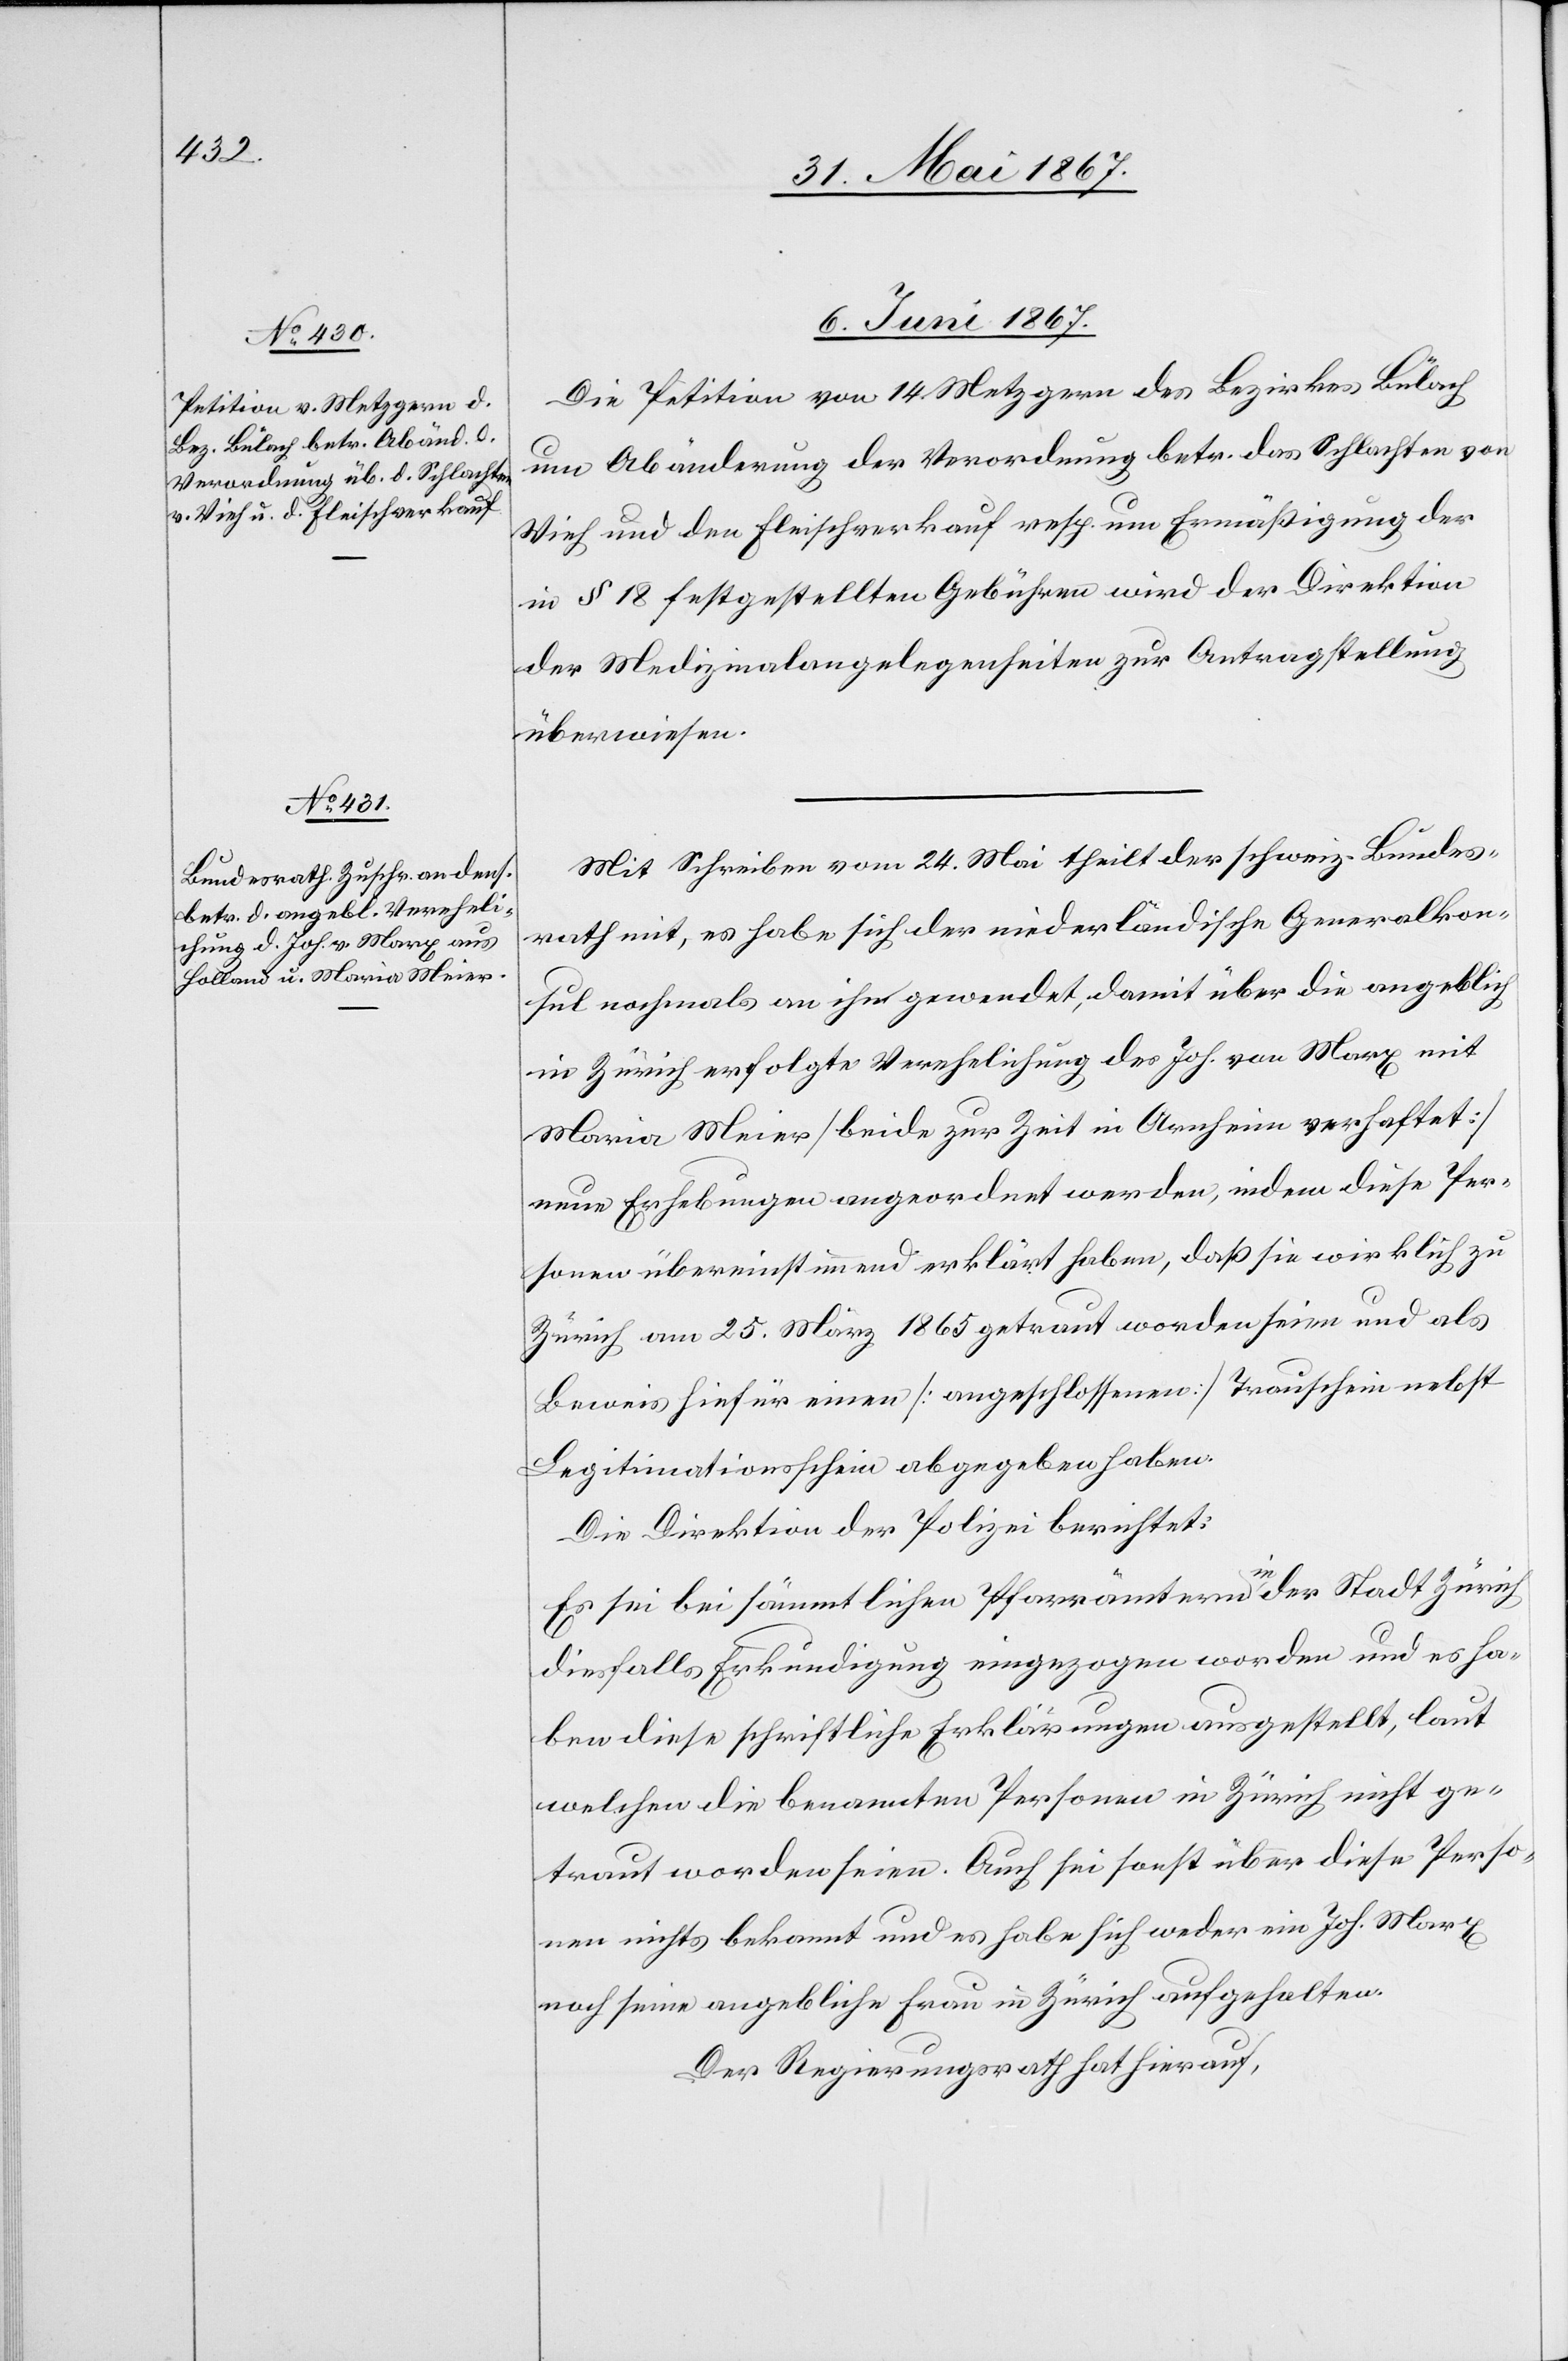
6. Juni 1867.]
Die Petition von 14 Metzgern des Bezirkes Bülach
um Abänderung der Verordnung betr. das Schlachten von
Vieh und den Fleischverkauf resp. um Ermäßigung der
in § 18 festgestellten Gebühren wird der Direktion
der Medizinalangelegenheiten zur Antragstellung
überwiesen.
Mit Schreiben vom 24. Mai theilt der schweiz. Bundes¬
rath mit, es habe sich der niederländische Generalkon¬
sul nochmals an ihn gewendet, damit über die angeblich
in Zürich erfolgte Verehlichung des Joh. von Marx mit
Maria Meier [beide zur Zeit in Arnheim verhaftet]
neue Erhebungen angeordnet werden, indem diese Per¬
sonen übereinstimmend erklärt haben, daß sie wirklich zu
Zürich am 25. März 1865 getraut worden seien und als
Beweis hiefür einen [angeschlossenen] Trauschein nebst
Legitimationsschein abgegeben haben.
Die Direktion der Polizei berichtet:
Es sei bei sämmtlichen Pfarrämtern in der Stadt Zürich
diesfalls Erkundigung eingezogen worden und es ha¬
ben diese schriftliche Erklärungen ausgestellt, laut
welchen die benannten Personen in Zürich nicht ge¬
traut worden seien. Auch sei sonst über diese Perso¬
nen nichts bekannt und es habe sich weder ein Joh. Marx
noch seine angebliche Frau in Zürich aufgehalten.
Der Regierungsrath hat hierauf,